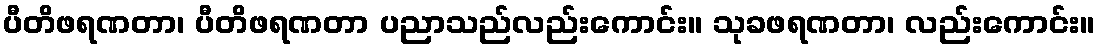
ပီတိဖရဏတာ၊ ပီတိဖရဏတာ ပညာသည်လည်းကောင်း။ သုခဖရဏတာ၊ လည်းကောင်း။